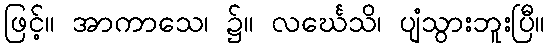
ဖြင့်။ အာကာသေ၊ ၌။ လင်္ဃေသိ၊ ပျံသွားဘူးပြီ။